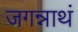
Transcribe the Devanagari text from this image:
जगन्नाथं